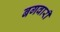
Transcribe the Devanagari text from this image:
बगवारी